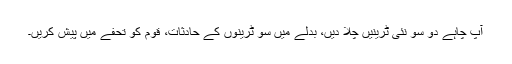
آپ چاہے دو سو نئی ٹرینیں چلا دیں، بدلے میں سو ٹرینوں کے حادثات، قوم کو تحفے میں پیش کریں۔